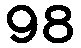
98